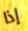
إذا